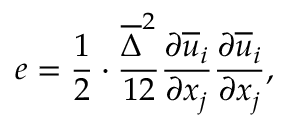
e = \frac { 1 } { 2 } \cdot \frac { \overline { { \Delta } } ^ { 2 } } { 1 2 } \frac { \partial \overline { { u } } _ { i } } { \partial x _ { j } } \frac { \partial \overline { { u } } _ { i } } { \partial x _ { j } } ,